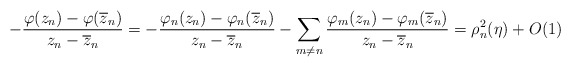
\begin{align*} -\frac{\varphi(z_n) - \varphi(\overline z_n)}{z_n-\overline z_n}= -\frac{\varphi_n(z_n) - \varphi_n(\overline z_n)}{z_n-\overline z_n} -\sum_{m \ne n}\frac{\varphi_m(z_n) - \varphi_m(\overline z_n)}{z_n-\overline z_n} =\rho^2_n(\eta)+O(1) \end{align*}